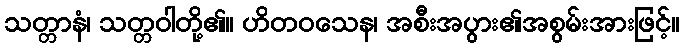
သတ္တာနံ၊ သတ္တဝါတို့၏။ ဟိတဝသေန၊ အစီးအပွား၏အစွမ်းအားဖြင့်။